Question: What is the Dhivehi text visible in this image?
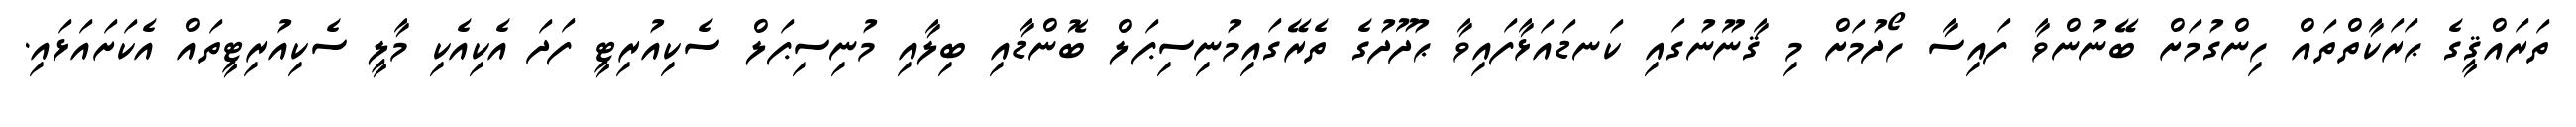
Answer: ތަރައްޤީގެ ޙަރަކާތްތައް ހިންގުމަށް ބޭނުންވާ ފައިސާ ހޯދުމަށް މި ޤާނޫނުގައި ކަނޑައަޅާފައިވާ ޙުދޫދުގެ ތެރޭގައިމުނިސިޕަލް ބޮންޑާއި ބިލާއި މުނިސިޕަލް ސެކިއުރިޓީ ފަދަ އެކިއެކި މާލީ ސެކިއުރިޓީތައް އެކަށައަޅައި.